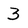
Character: 3